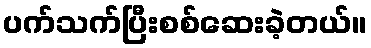
ပက်သက်ပြီးစစ်ဆေးခဲ့တယ်။